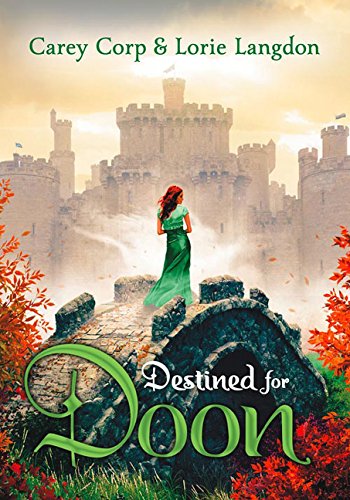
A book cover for Destined for Doon (A Doon Novel); Carey Corp; Teen & Young Adult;